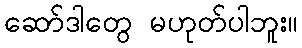
ဆော်ဒါတွေ မဟုတ်ပါဘူး။